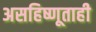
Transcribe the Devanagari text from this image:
असहिष्णूताही